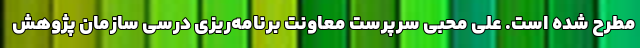
مطرح شده است. علی محبی سرپرست معاونت برنامه‌ریزی درسی سازمان پژوهش